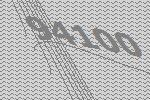
94100